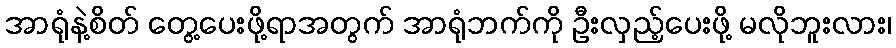
အာရုံနဲ့စိတ် တွေ့ပေးဖို့ရာအတွက် အာရုံဘက်ကို ဦးလှည့်ပေးဖို့ မလိုဘူးလား၊